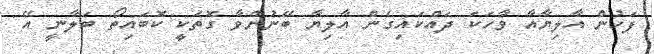
ފަހުން އާލިޔާއާ ވާހަކަ ދައްކައިގެން އާލިޔާ ބޭނުންވާ ގޮތަކީ ކޮބައިތޯ ބަލާނީ އޭ